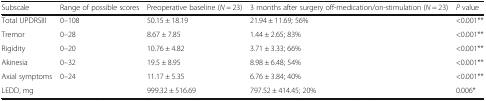
<table><thead><tr><td><b>Subscale</b></td><td><b>Range of possible scores</b></td><td><b>Preoperative baseline (<i>N</i> = 23)</b></td><td><b>3 months after surgery off-medication/on-stimulation (<i>N</i> = 23)</b></td><td><b><i>P</i> value</b></td></tr></thead><tbody><tr><td>Total UPDRSIII</td><td>0–108</td><td>50.15 ± 18.19</td><td>21.94 ± 11.69; 56%</td><td>&lt;0.001**</td></tr><tr><td>Tremor</td><td>0–28</td><td>8.67 ± 7.85</td><td>1.44 ± 2.65; 83%</td><td>&lt;0.001**</td></tr><tr><td>Rigidity</td><td>0–20</td><td>10.76 ± 4.82</td><td>3.71 ± 3.33; 66%</td><td>&lt;0.001**</td></tr><tr><td>Akinesia</td><td>0–32</td><td>19.5 ± 8.95</td><td>8.98 ± 6.48; 54%</td><td>&lt;0.001**</td></tr><tr><td>Axial symptoms</td><td>0–24</td><td>11.17 ± 5.35</td><td>6.76 ± 3.84; 40%</td><td>&lt;0.001**</td></tr><tr><td>LEDD, mg</td><td></td><td>999.32 ± 516.69</td><td>797.52 ± 414.45; 20%</td><td>0.006*</td></tr></tbody></table>